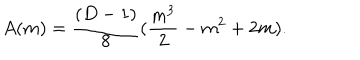
A ( m ) = \frac { ( D - 1 ) } { 8 } ( \frac { m ^ { 3 } } { 2 } - m ^ { 2 } + 2 m ) .